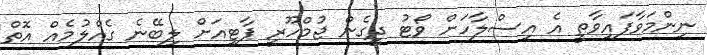
ނިންމަވާފައިވާތީ އެ އިސްލާހަށް ވޯޓު ދީގެން ޖުމްހޫރީ ޕާޓީއަށް ލިބޭނެ ގެއްލުމެއް އޮތް